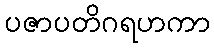
ပဇာပတိဂရဟကာ